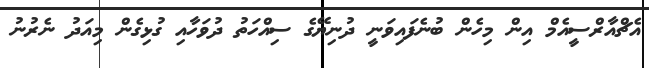
އެޗްއާރްސީއެމް އިން މިހެން ބުނެފައިވަނީ ދުނިޔޭގެ ސިއްހަތު ދުވަހާއި ގުޅިގެން މިއަދު ނެރުނު